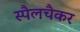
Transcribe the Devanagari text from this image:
स्पैलचैकर